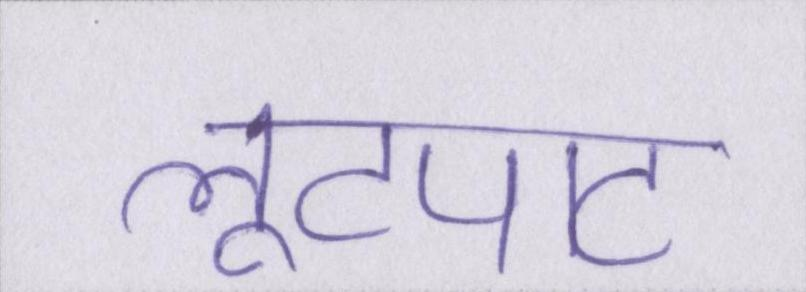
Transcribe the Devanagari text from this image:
लूटपाट